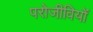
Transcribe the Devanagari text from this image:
परोजीवियों